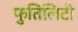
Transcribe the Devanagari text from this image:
फुतिलिटी